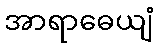
အာရာဓေယျံ